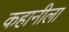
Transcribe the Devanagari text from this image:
कहानीला